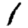
Digit: 1